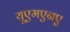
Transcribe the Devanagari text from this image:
यूएमएनए